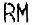
RM